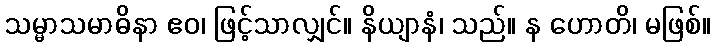
သမ္မာသမာဓိနာ ဧဝ၊ ဖြင့်သာလျှင်။ နိယျာနံ၊ သည်။ န ဟောတိ၊ မဖြစ်။